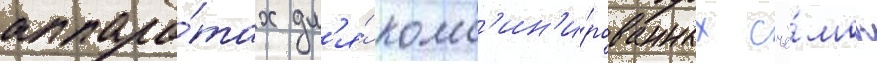
аппара́тах дл'я́ комб'ин'и́рованных съё́мок